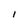
Character: I